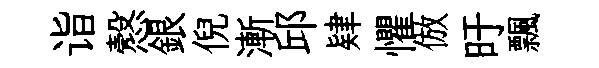
诣慤銀倪漸邱肄懼倣旴飄